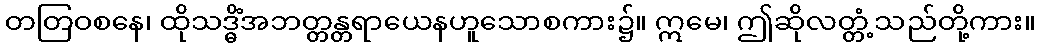
တတြဝစနေ၊ ထိုသဒ္ဓိံအဘတ္တန္တရာယေနဟူသောစကား၌။ ဣမေ၊ ဤဆိုလတ္တံ့သည်တို့ကား။